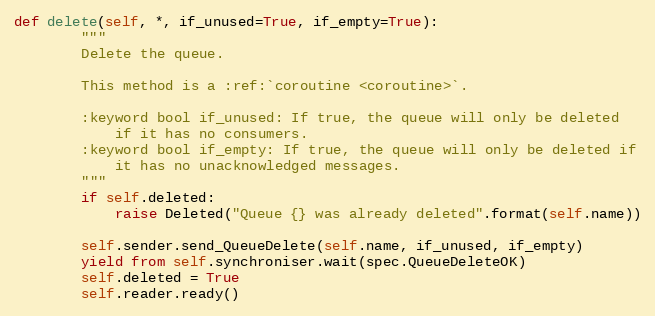
Language: Python
def delete(self, *, if_unused=True, if_empty=True):
        """
        Delete the queue.

        This method is a :ref:`coroutine <coroutine>`.

        :keyword bool if_unused: If true, the queue will only be deleted
            if it has no consumers.
        :keyword bool if_empty: If true, the queue will only be deleted if
            it has no unacknowledged messages.
        """
        if self.deleted:
            raise Deleted("Queue {} was already deleted".format(self.name))

        self.sender.send_QueueDelete(self.name, if_unused, if_empty)
        yield from self.synchroniser.wait(spec.QueueDeleteOK)
        self.deleted = True
        self.reader.ready()